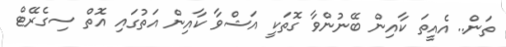
ތަން.. އެއީތަ ކާއިން ބޭނުންވާ ގޮތަކީ އަޝްވާ ކާއިން އަތުގައި އޮތް ސިގެރޭޓް